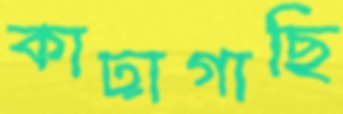
কাঢ়াগাছি